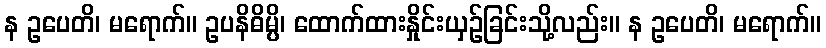
န ဥပေတိ၊ မရောက်။ ဥပနိဓိမ္ပိ၊ ထောက်ထားနှိုင်းယှဉ်ခြင်းသို့လည်း။ န ဥပေတိ၊ မရောက်။